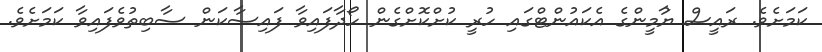
ކަމަށެވެ. ރައީސް ޔުާމީންގެ އެކައުންޓްގައި ހުރީ ކުށްކޮށްގެން ހޯދާފައިވާ ފައިސާކަން ސާބިތުވެފައިވާ ކަމަށެވެ.